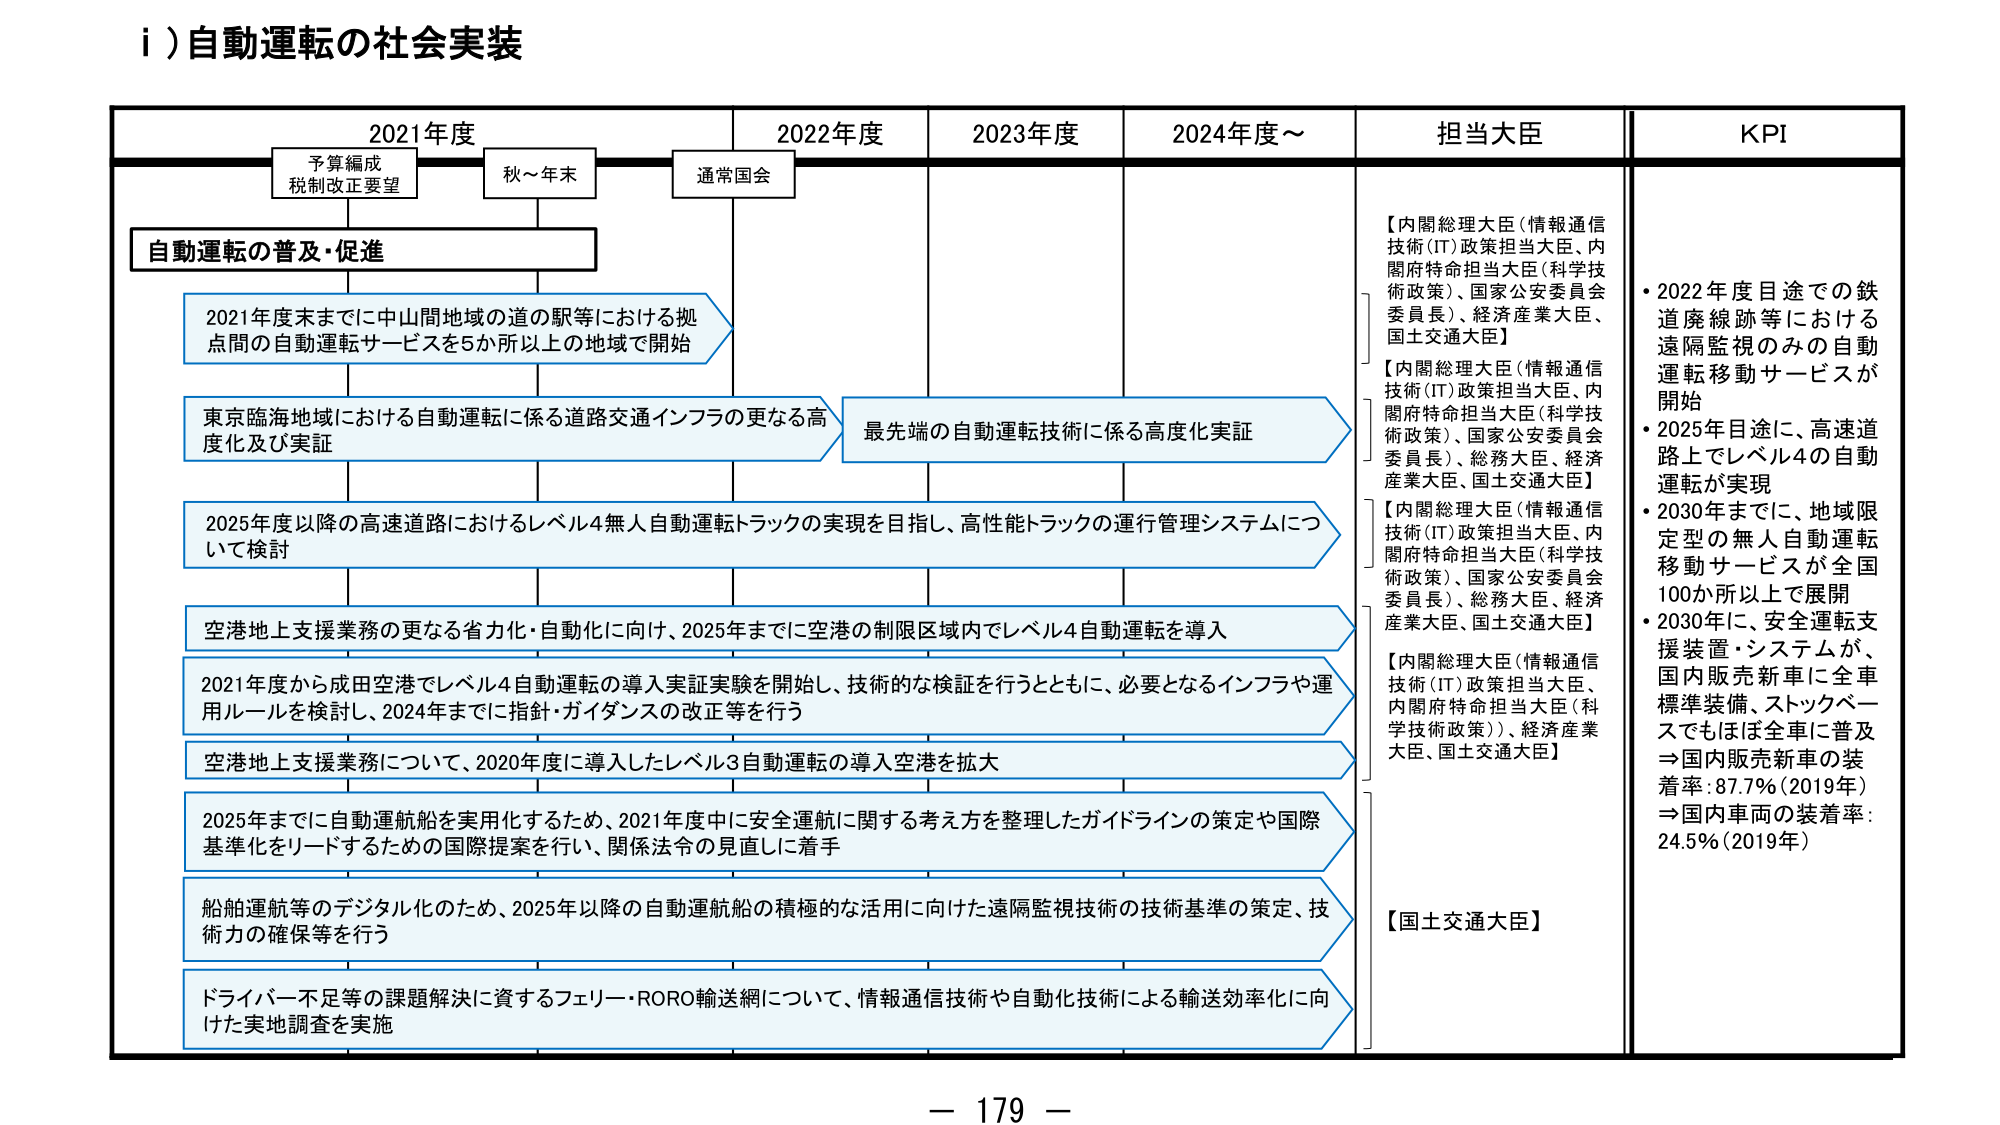
i) 自動運転の社会実装

2021年度　　　　　　2022年度　　　　　　2023年度　　　　　　2024年度～　　　　　担当大臣　　　　　　KPI

予算編成